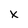
Character: x